Document type: Anniversary endowment
Year: 1486
Scribe: Bartomeu Masons
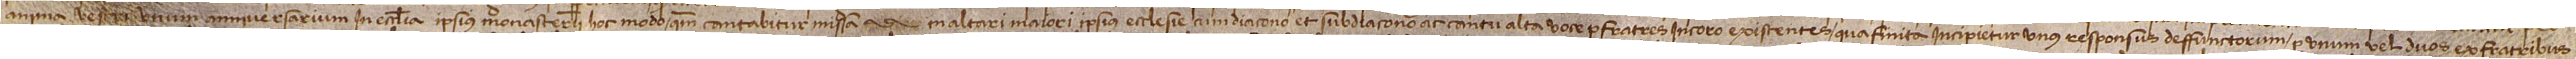
anima vestri unum anniversarium in ecclesia ipsius monasterii. Hoc modo quoniam cantabitur missa in altari maiori ipsius ecclesie cum diacono et subdiacono ac cantu alta voce per fratres in coro existentes. Qua finita incipietur unus responsus deffunctorum per unum vel duos ex fratribus